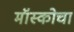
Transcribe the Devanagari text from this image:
मॉस्कोचा